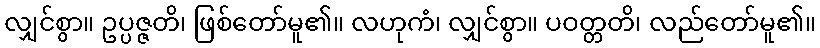
လျှင်စွာ။ ဥပ္ပဇ္ဇတိ၊ ဖြစ်တော်မူ၏။ လဟုကံ၊ လျှင်စွာ။ ပဝတ္တတိ၊ လည်တော်မူ၏။